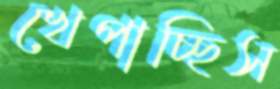
খেপাচ্ছিস